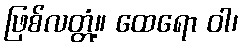
ဖြစ်လတ္တံ့။ ထေရော ဝါ၊